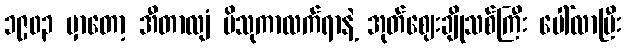
၁၉၀၃ မှာတော့ အီတာလျံ ဗိသုကာလက်ရာနဲ့ အုတ်ဈေးချိုသစ်ကြီး ပေါ်လာပြီး